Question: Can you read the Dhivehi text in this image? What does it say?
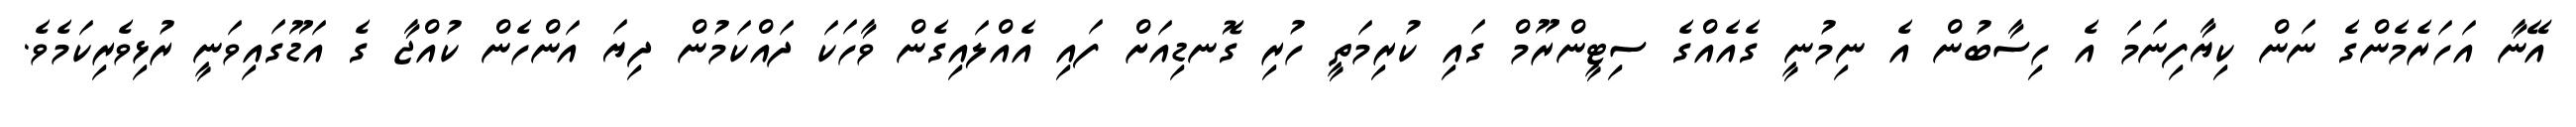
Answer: އޭނާ އަހަރެމެންގެ ނަން ކިޔާފިނަމަ އެ ހިސާބުން އެ ނިމުނީ ގެއެއްގެ ސިޓީންރޫމް ގައި ކުރިމަތީ ހުރި ގޮނޑިއަށް ފައި އެއްލައިގެން ވާހަކަ ދައްކަމުން ދިޔަ އަންހެން ކުއްޖާ ގެ އަޑޫގައިވަނީ ރުޅިވެރިކަމެވެ.